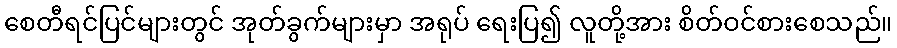
စေတီရင်ပြင်များတွင် အုတ်ခွက်များမှာ အရုပ် ရေးပြ၍ လူတို့အား စိတ်ဝင်စားစေသည်။